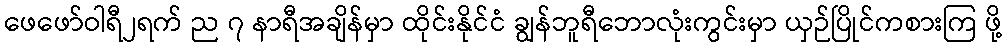
ဖေဖော်ဝါရီ၂ရက် ည ၇ နာရီအချိန်မှာ ထိုင်းနိုင်ငံ ချွန်ဘူရီဘောလုံးကွင်းမှာ ယှဉ်ပြိုင်ကစားကြ ဖို့